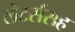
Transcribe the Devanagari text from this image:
लेटर्ससह